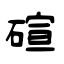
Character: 碹